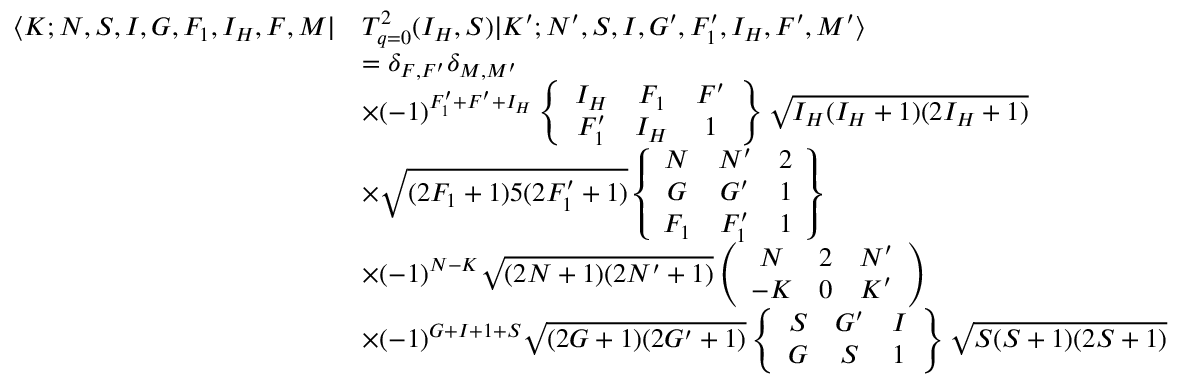
\begin{array} { r l } { \langle K ; N , S , I , G , F _ { 1 } , I _ { H } , F , M | } & { T _ { q = 0 } ^ { 2 } ( I _ { H } , S ) | K ^ { \prime } ; N ^ { \prime } , S , I , G ^ { \prime } , F _ { 1 } ^ { \prime } , I _ { H } , F ^ { \prime } , M ^ { \prime } \rangle } \\ & { = \delta _ { F , F ^ { \prime } } \delta _ { M , M ^ { \prime } } } \\ & { \times ( - 1 ) ^ { F _ { 1 } ^ { \prime } + F ^ { \prime } + I _ { H } } \left\{ \begin{array} { c c c } { I _ { H } } & { F _ { 1 } } & { F ^ { \prime } } \\ { F _ { 1 } ^ { \prime } } & { I _ { H } } & { 1 } \end{array} \right\} \sqrt { I _ { H } ( I _ { H } + 1 ) ( 2 I _ { H } + 1 ) } } \\ & { \times \sqrt { ( 2 F _ { 1 } + 1 ) 5 ( 2 F _ { 1 } ^ { \prime } + 1 ) } \left\{ \begin{array} { c c c } { N } & { N ^ { \prime } } & { 2 } \\ { G } & { G ^ { \prime } } & { 1 } \\ { F _ { 1 } } & { F _ { 1 } ^ { \prime } } & { 1 } \end{array} \right\} } \\ & { \times ( - 1 ) ^ { N - K } \sqrt { ( 2 N + 1 ) ( 2 N ^ { \prime } + 1 ) } \left( \begin{array} { c c c } { N } & { 2 } & { N ^ { \prime } } \\ { - K } & { 0 } & { K ^ { \prime } } \end{array} \right) } \\ & { \times ( - 1 ) ^ { G + I + 1 + S } \sqrt { ( 2 G + 1 ) ( 2 G ^ { \prime } + 1 ) } \left\{ \begin{array} { c c c } { S } & { G ^ { \prime } } & { I } \\ { G } & { S } & { 1 } \end{array} \right\} \sqrt { S ( S + 1 ) ( 2 S + 1 ) } } \end{array}